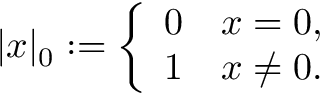
| x | _ { 0 } : = { \left\{ \begin{array} { l l } { 0 } & { x = 0 , } \\ { 1 } & { x \neq 0 . } \end{array} \right. }